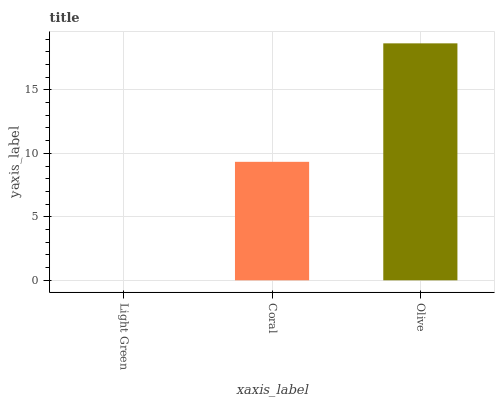
| xaxis_label | bars |
 | --- | --- |
 | Light Green | 0 |
 | Coral | 9.33 |
 | Olive | 18.7 |